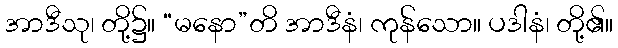
အာဒီသု၊ တို့၌။ “မနော”တိ အာဒီနံ၊ ကုန်သော။ ပဒါနံ၊ တို့၏။